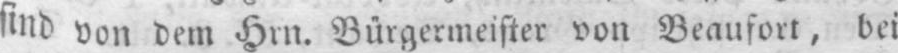
sind von dem Hrn. Bürgermeister von Beaufort, bei